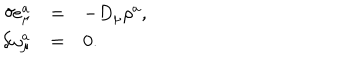
LaTeX: \begin{array} { r c l } { { \delta e _ { \mu } ^ { a } } } & { { = } } & { { - D _ { \mu } \rho ^ { a } , } } \\ { { \delta \omega _ { \mu } ^ { a } } } & { { = } } & { { 0 . } } \\ \end{array}